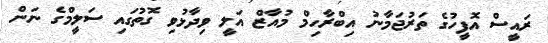
ރައީސް އޮފީހުގެ ތަރުޖަމާނު އިބްރާހިމް މުއާޒް އަލީ ވިދާޅުވި ގޮތުގައި ސަލީމްގެ ނަން